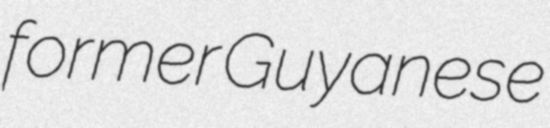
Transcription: former Guyanese